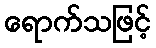
ရောက်သဖြင့်